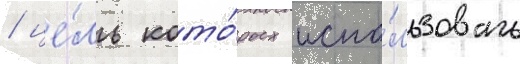
/ це́ль кото́рых испо́льзовать